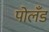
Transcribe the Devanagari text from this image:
पोलँड